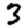
Digit: 3